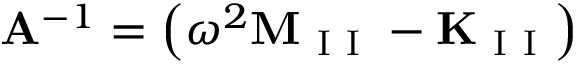
\mathbf { A } ^ { - 1 } = \left( \omega ^ { 2 } \mathbf { M } _ { \mathrm { ~ I ~ I ~ } } - \mathbf { K } _ { \mathrm { ~ I ~ I ~ } } \right)